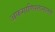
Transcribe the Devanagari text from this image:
अफगाणिस्तानातले